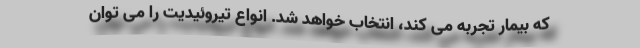
که بیمار تجربه می کند، انتخاب خواهد شد. انواع تیروئیدیت را می توان